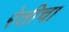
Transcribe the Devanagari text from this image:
रेतीचा